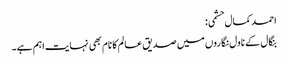
احمد کمال حشمی:
بنگال کے ناول نگاروں میں صدیق عالم کا نام بھی نہایت اہم ہے۔